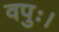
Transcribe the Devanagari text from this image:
वपुः।